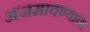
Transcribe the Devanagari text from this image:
अजमावण्याचा